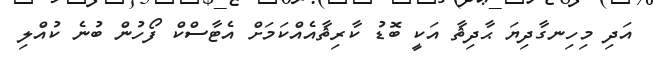
އަދި މިހިނގާދިޔަ ޙާދިޘާ އަކީ ބޮޑު ކާރިޘާއެއްކަމަށް އެޓާސްކް ފޯހުން ބުނެ ކުއްލި